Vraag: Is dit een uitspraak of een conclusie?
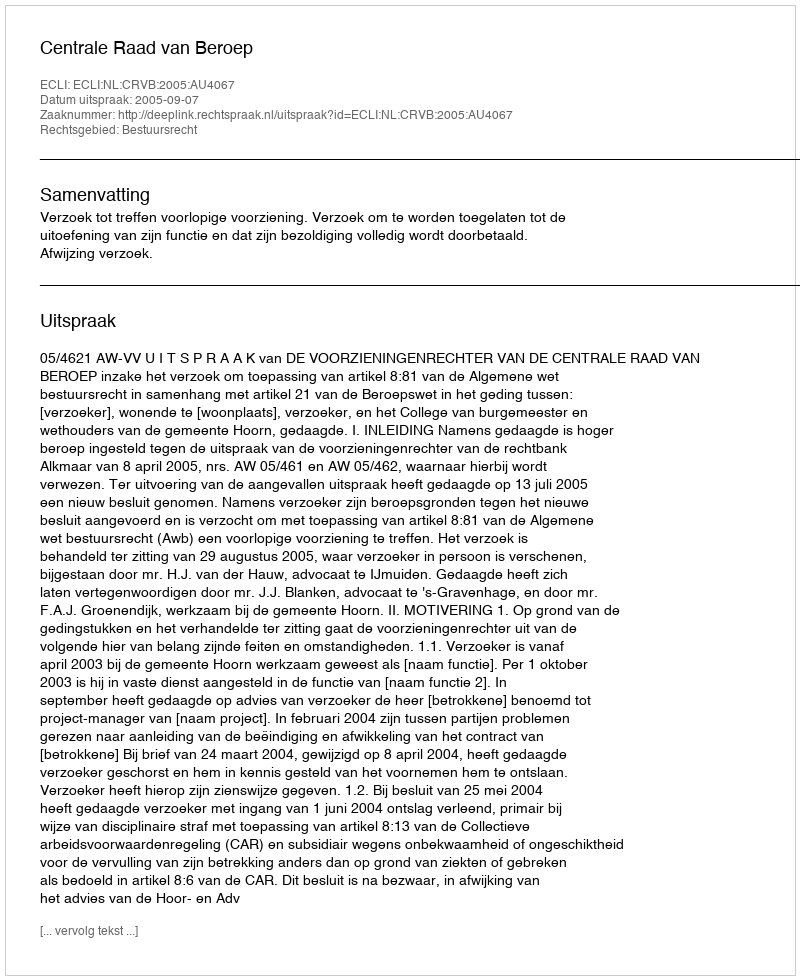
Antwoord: Uitspraak